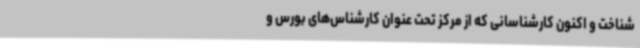
شناخت و اکنون کارشناسانی که از مرکز تحت عنوان کارشناس‌های بورس و